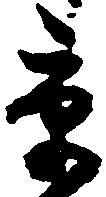
京